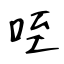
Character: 咥